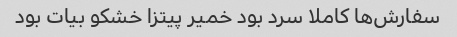
سفارش‌ها کاملا سرد بود خمیر پیتزا خشکو بیات بود